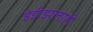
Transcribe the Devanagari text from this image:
इंडीझलाही